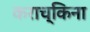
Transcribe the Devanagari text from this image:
कराच्किना